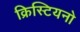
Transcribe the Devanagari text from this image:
क्रिस्टियनो